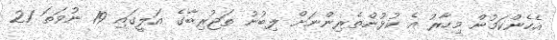
އެހެންކަމުން މިހާރު އެ ކުޅުންތެރިންނަށް ލިބުނު ތަޖުރިބާގެ އަލީގައި 19 ނުވަތަ 21